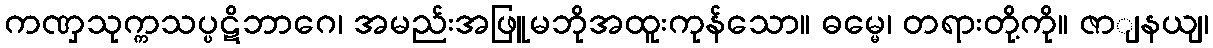
ကဏှသုက္ကသပ္ပဋိဘာဂေ၊ အမည်းအဖြူမဘိုအထူးကုန်သော။ ဓမ္မေ၊ တရားတို့ကို။ ဇာျနယျ၊